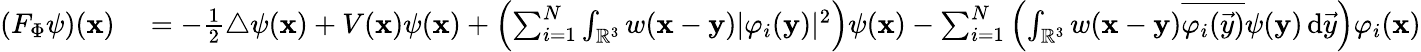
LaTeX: \begin{array}{rl}{(F_{\Phi}\psi)(\mathbf{x})}&{{}=-\frac 12\triangle\psi(\mathbf{x})+V(\mathbf{x})\psi(\mathbf{x})+\left(\sum_{i=1}^{N}\int_{\mathbb{R}^{3}}w(\mathbf{x}-\mathbf{y})|\varphi_{i}(\mathbf{y})|^{2}\right)\psi(\mathbf{x})-\sum_{i=1}^{N}\left(\int_{\mathbb{R}^{3}}w(\mathbf{x}-\mathbf{y})\overline{{\varphi_{i}(\vec{y})}}\psi(\mathbf{y})\, \mathrm{d}\vec{y}\right)\varphi_{i}(\mathbf{x})}\end{array}